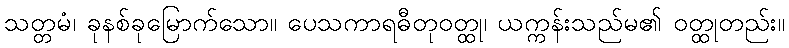
သတ္တမံ၊ ခုနစ်ခုမြောက်သော။ ပေသကာရဓီတုဝတ္ထု၊ ယက္ကန်းသည်မ၏ ဝတ္ထုတည်း။